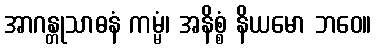
အာဂန္တုသာဓနံ ကမ္မံ၊ အနိစ္စံ နိယမော ဘဝေ။